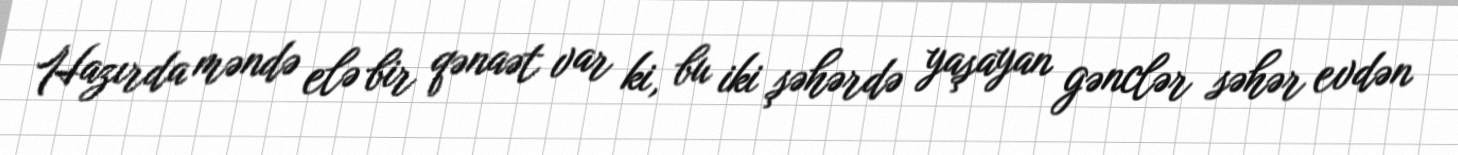
Hazırda məndə elə bir qənaət var ki, bu iki şəhərdə yaşayan gənclər səhər evdən